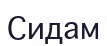
Сидам